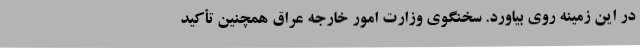
در این زمینه روی بیاورد. سخنگوی وزارت امور خارجه عراق همچنین تأکید